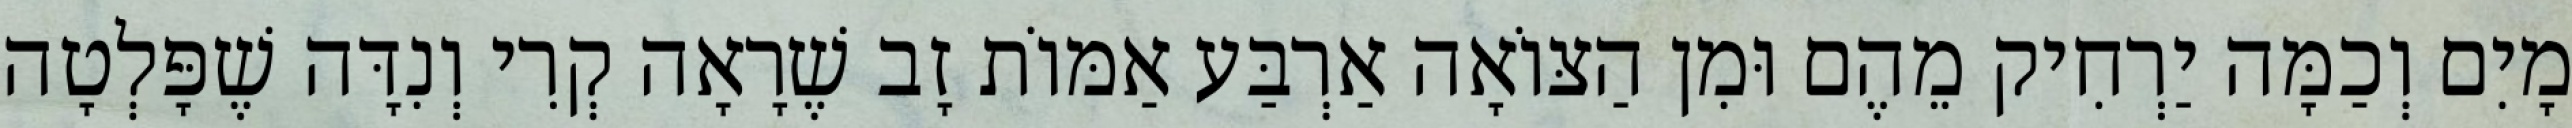
מָיִם וְכַמָּה יַרְחִיק מֵהֶם וּמִן הַצּוֹאָה אַרְבַּע אַמּוֹת זָב שֶׁרָאָה קְרִי וְנִדָּה שֶׁפָּלְטָה